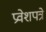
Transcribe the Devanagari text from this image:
प्रवेशपत्रे